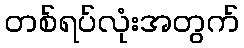
တစ်ရပ်လုံးအတွက်